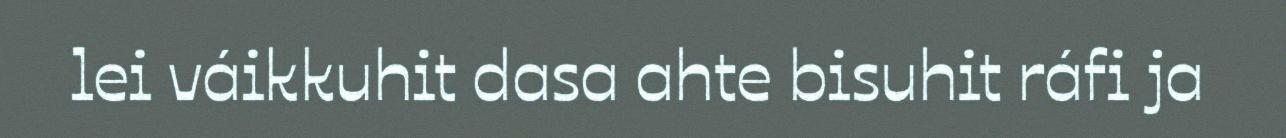
lei váikkuhit dasa ahte bisuhit ráfi ja